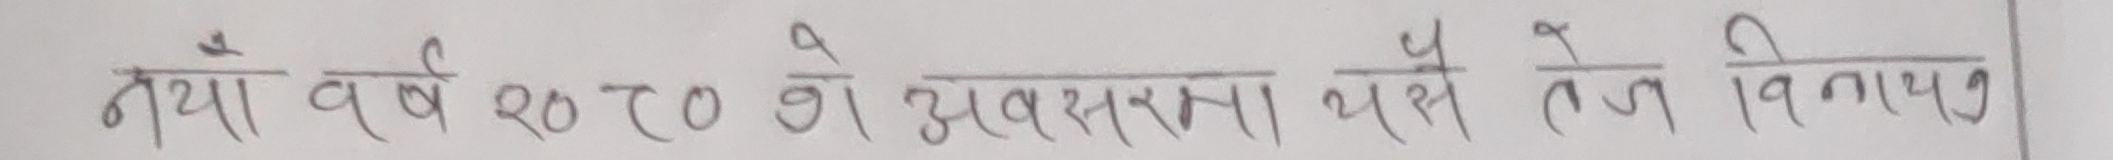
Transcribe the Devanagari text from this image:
नँया वर्ष २०८० को अवसरमा थसे तेज बिनायक १